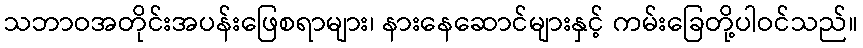
သဘာဝအတိုင်းအပန်းဖြေစရာများ၊ နားနေဆောင်များနှင့် ကမ်းခြေတို့ပါဝင်သည်။